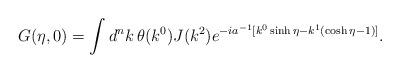
\begin{align*}G(\eta,0)=\int d^nk\, \theta(k^0) J(k^2)e^{-ia^{-1}[k^0\sinh\eta -k^1(\cosh\eta-1)]}.\end{align*}